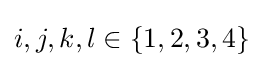
i,j,k,l\in \{1,2,3,4\}